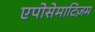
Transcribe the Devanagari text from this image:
एपोसेमाटिज़म